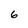
Character: 6